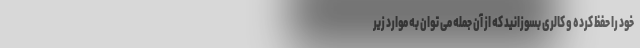
خود را حفظ کرده و کالری بسوزانید که از آن جمله می توان به موارد زیر